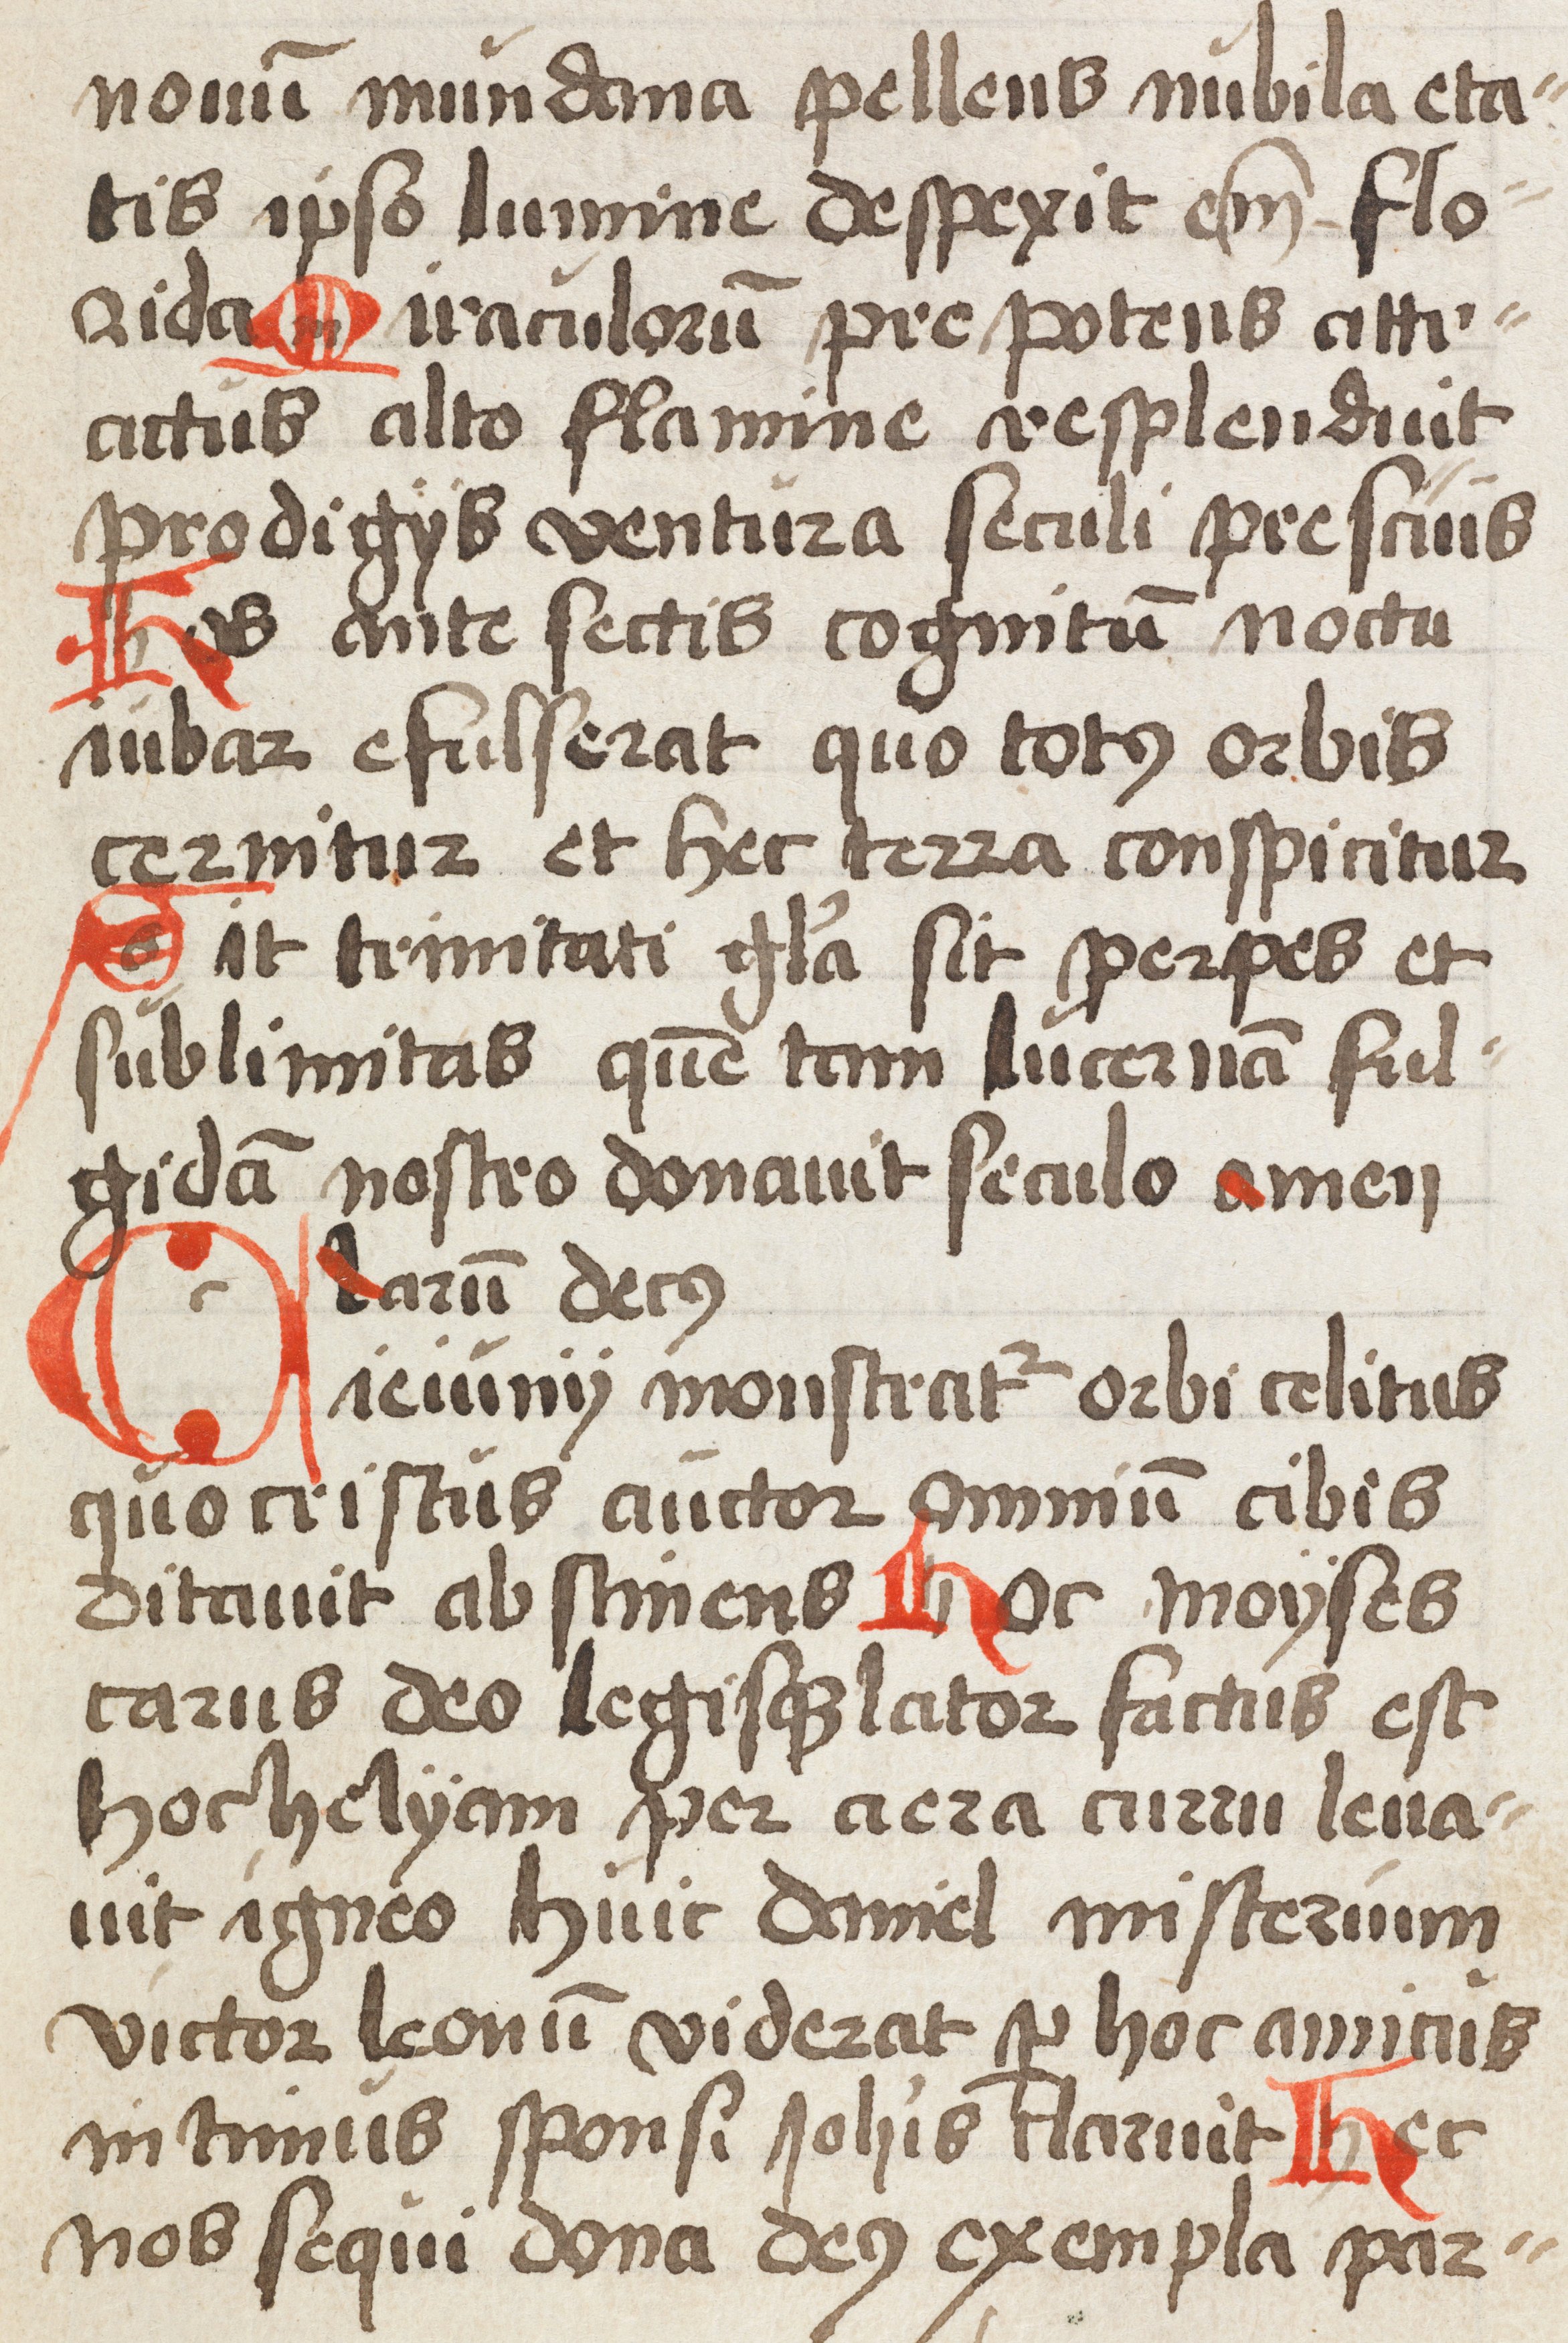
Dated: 1500–1524